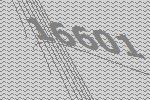
16601